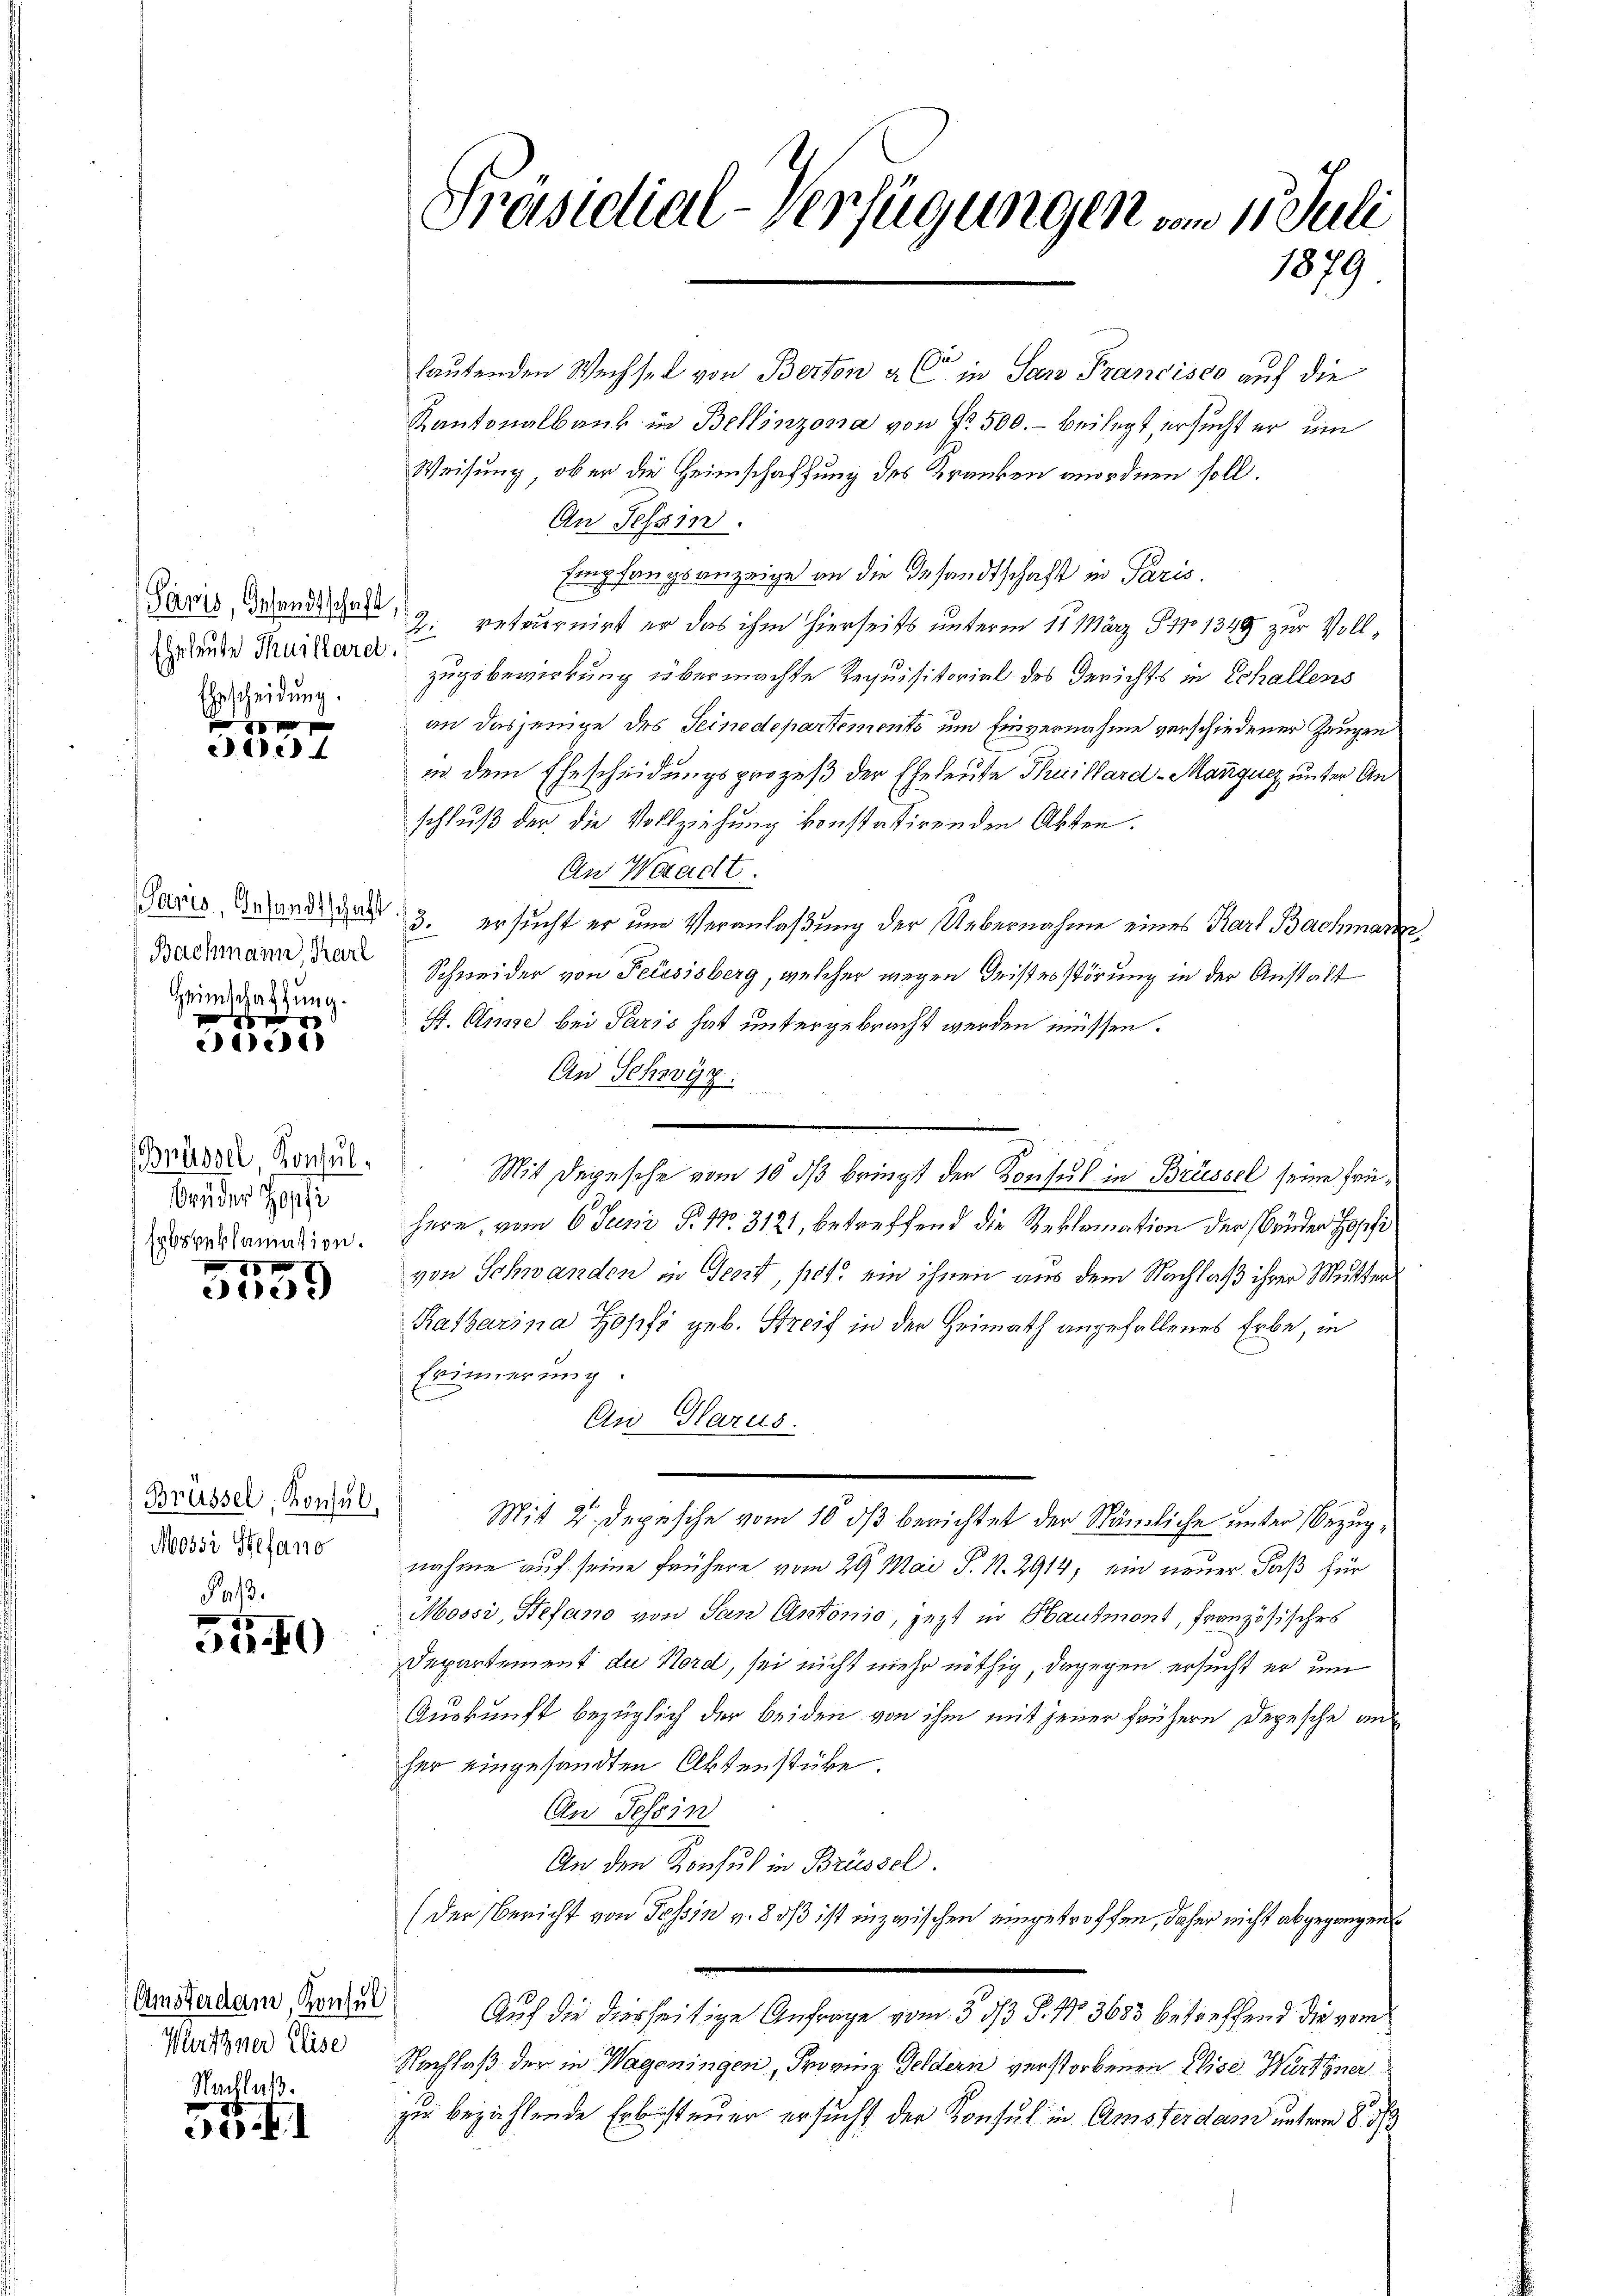
Paris, Gesandtschaft
Eheleute Thuillard.
Ehrscheidung.

x
2e) 4

Paris, Gesandtschaft
Bachmann, Karl
Heimschaftung.

f 9 x
2e)

Bnüssel Konsul,
Brüder Zopfi
Erbsreklamation.
10 x

dee

Brüssel, Konsul,
Mossi Stefano

aß.
Ja

Amsterdam, Konsul
Wuthner Elise
Nachlaß.

.
I

h
Präsidial-Verfügungen vom 11. Juli
1879.

lautenden Wechsel von Berton a C in San Francisco auf die
Kantonalbank in Bellinzona von Fr. 500.- beilegt, ersucht er um
Weisung, ober die Heimschaffung des Kranken anordnen soll.
An Tessin.
Empfangsanzeige an die Gesandtschaft in Paris.
Z: retournirt er das ihm hierseits unterm 11. März S. 1349 zur Vollzugsbewirkung übermachte Requisitorial des Gerichts in Schallens
an dasjenige des Seinedepartemento und Einvernahme verschiedener Zeugen
in dem Ehescheidungsprozeß der Eheleute Theilhard-Monguez, unter Anschluß der die Vollziehung konstatirenden Akten.
An Waadt.
3. ersucht er um Veranlaßung der Uebernahme eines Karl Bachmann
Schneider von Feusisberg, welcher wegen Geisterstörung in der Anstalt
St. Auge bei Paris hat untergebracht werden müssen.
An Schwyz:
Mit Depesche vom 10 dß bringt der Konsul in Brüssel seine Prühere, vom 6. Juni P. Nr. 3121, betreffend die Reklamation der Brüder Hopfi
von Schwanden in Tent, pot. ein ihnen aus dem Nachlaß ihrer Mutter
Ratharina Zopfi geb. Streif in der Heimath angefallenes Erbe, in
Erinnerung.
Au Glarus.
e
Mit 2 Depesche vom 10. dβ berichtet der Nämliche unter Bezugnahme auf seine frühere vom 29. Mai S. N. 2914; ein neuer Faß für
Mossi, Stefano von San Antonio, jezt in Hausmont, französisches
Departement du Nord, sei nicht mehr nöthig, dagegen ersucht er um
Auskunft bezüglich der beiden von ihm mit jener frühere Depesche an
her eingesandten Aktenstüke.
An Tessin
An den Konsul in Brüssel.
(der Bericht von Tessin v. 8 dß ist inzwischen eingetroffen, daher nicht abgegangen
Auf die diesseitige Anfrage vom 3. dß §. 13683 betreffend die vom
Nachlaß der in Wagoningen, Provinz Geldern verstorbenen Elise Würthner
zu bezahlende Erbssteuer ersucht der Konsul in Amsterdam unterm 8. d